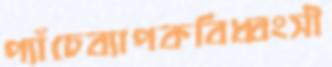
প্যাঁচেব্যাপকবিধ্বংসী